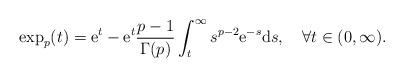
LaTeX: \begin{align*}\exp_p(t)=\mathrm{e}^t-\mathrm{e}^t\dfrac{p-1}{\Gamma(p)}\int_t^\infty s^{p-2}\mathrm{e}^{-s} \mathrm ds, \quad\forall t\in(0,\infty).\end{align*}